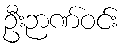
ဦးဉာဏ်ဝင်း